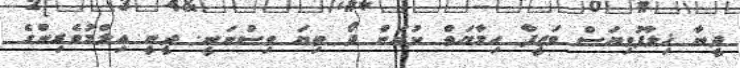
ދީނާ ޚިލާފުވިޔަސް ވަޒީފާ ހިމާޔަތް ކުރަން ދޯ ތިޔަ ވިސްނަނީ. ދީނީ އިލްމުވެރިންގެ